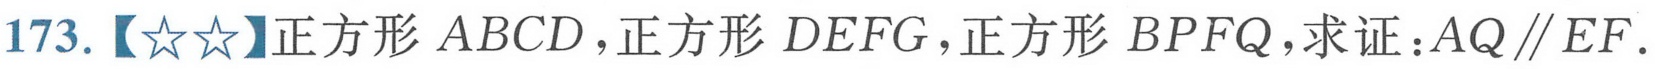
173.【☆☆】正方形 \(ABCD\)，正方形 \(DEFG\)，正方形 \(BPFQ\)，求证：\(AQ\parallel EF\)．